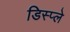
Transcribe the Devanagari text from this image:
डिस्‍प्ले